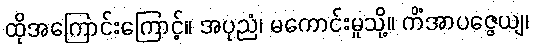
ထိုအကြောင်းကြောင့်။ အပုညံ၊ မကောင်းမှုသို့။ ကိံအာပဇ္ဇေယျ၊